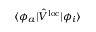
\langle \phi _ { a } \vert \hat { V } ^ { \mathrm { l o c } } \vert \phi _ { i } \rangle